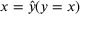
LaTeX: x = { \hat { y } } ( y = x )